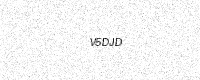
Text: V5DJD